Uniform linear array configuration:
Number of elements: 32
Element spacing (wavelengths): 1
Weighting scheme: cosine
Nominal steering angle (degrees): -60
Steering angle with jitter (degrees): -58.977
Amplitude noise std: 0.05
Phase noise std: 0.05

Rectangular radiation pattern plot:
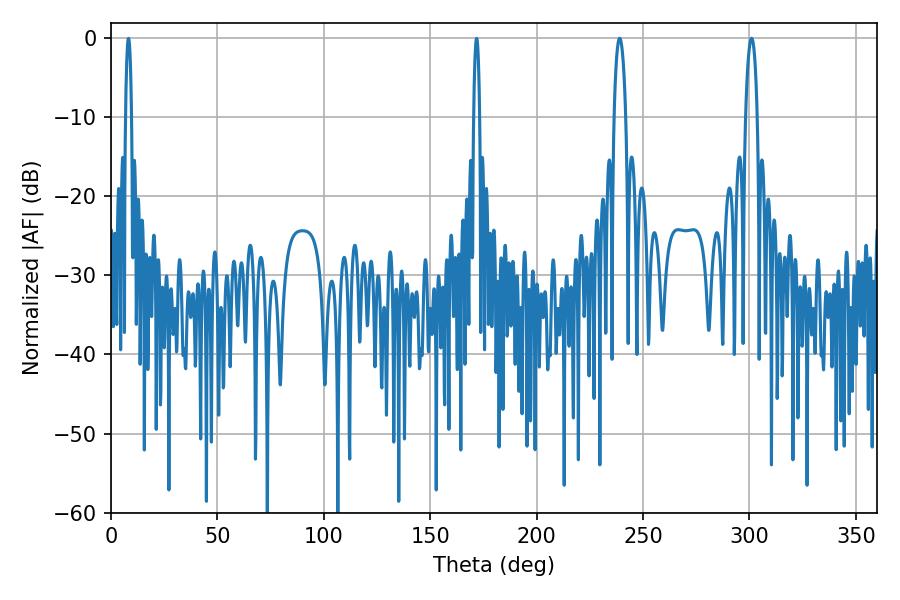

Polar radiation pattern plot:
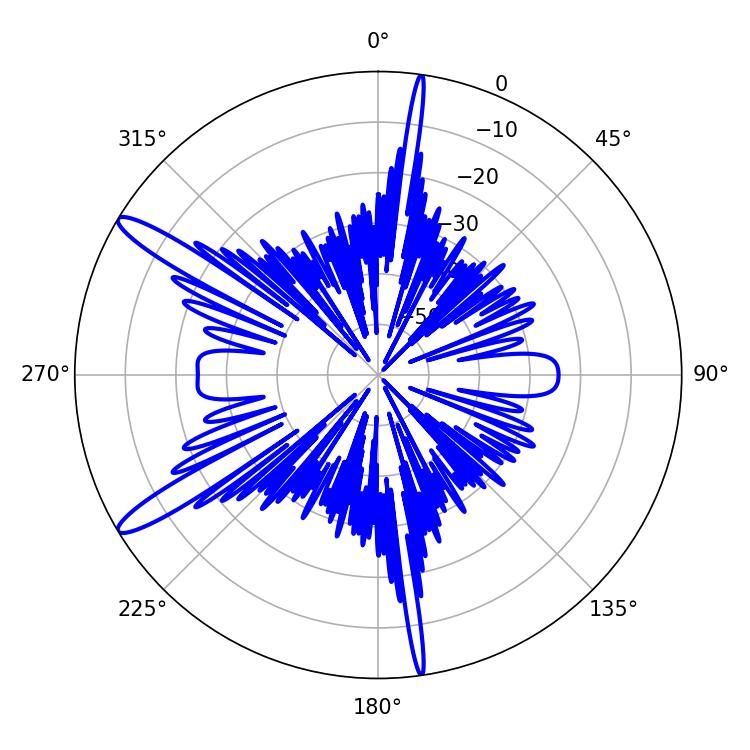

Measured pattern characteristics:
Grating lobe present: TRUE
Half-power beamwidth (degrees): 3.24
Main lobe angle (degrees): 239.04